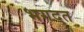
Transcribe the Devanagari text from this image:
भगदत